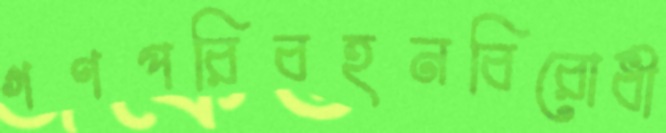
গণপরিবহনবিরোধী